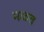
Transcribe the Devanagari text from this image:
मळत